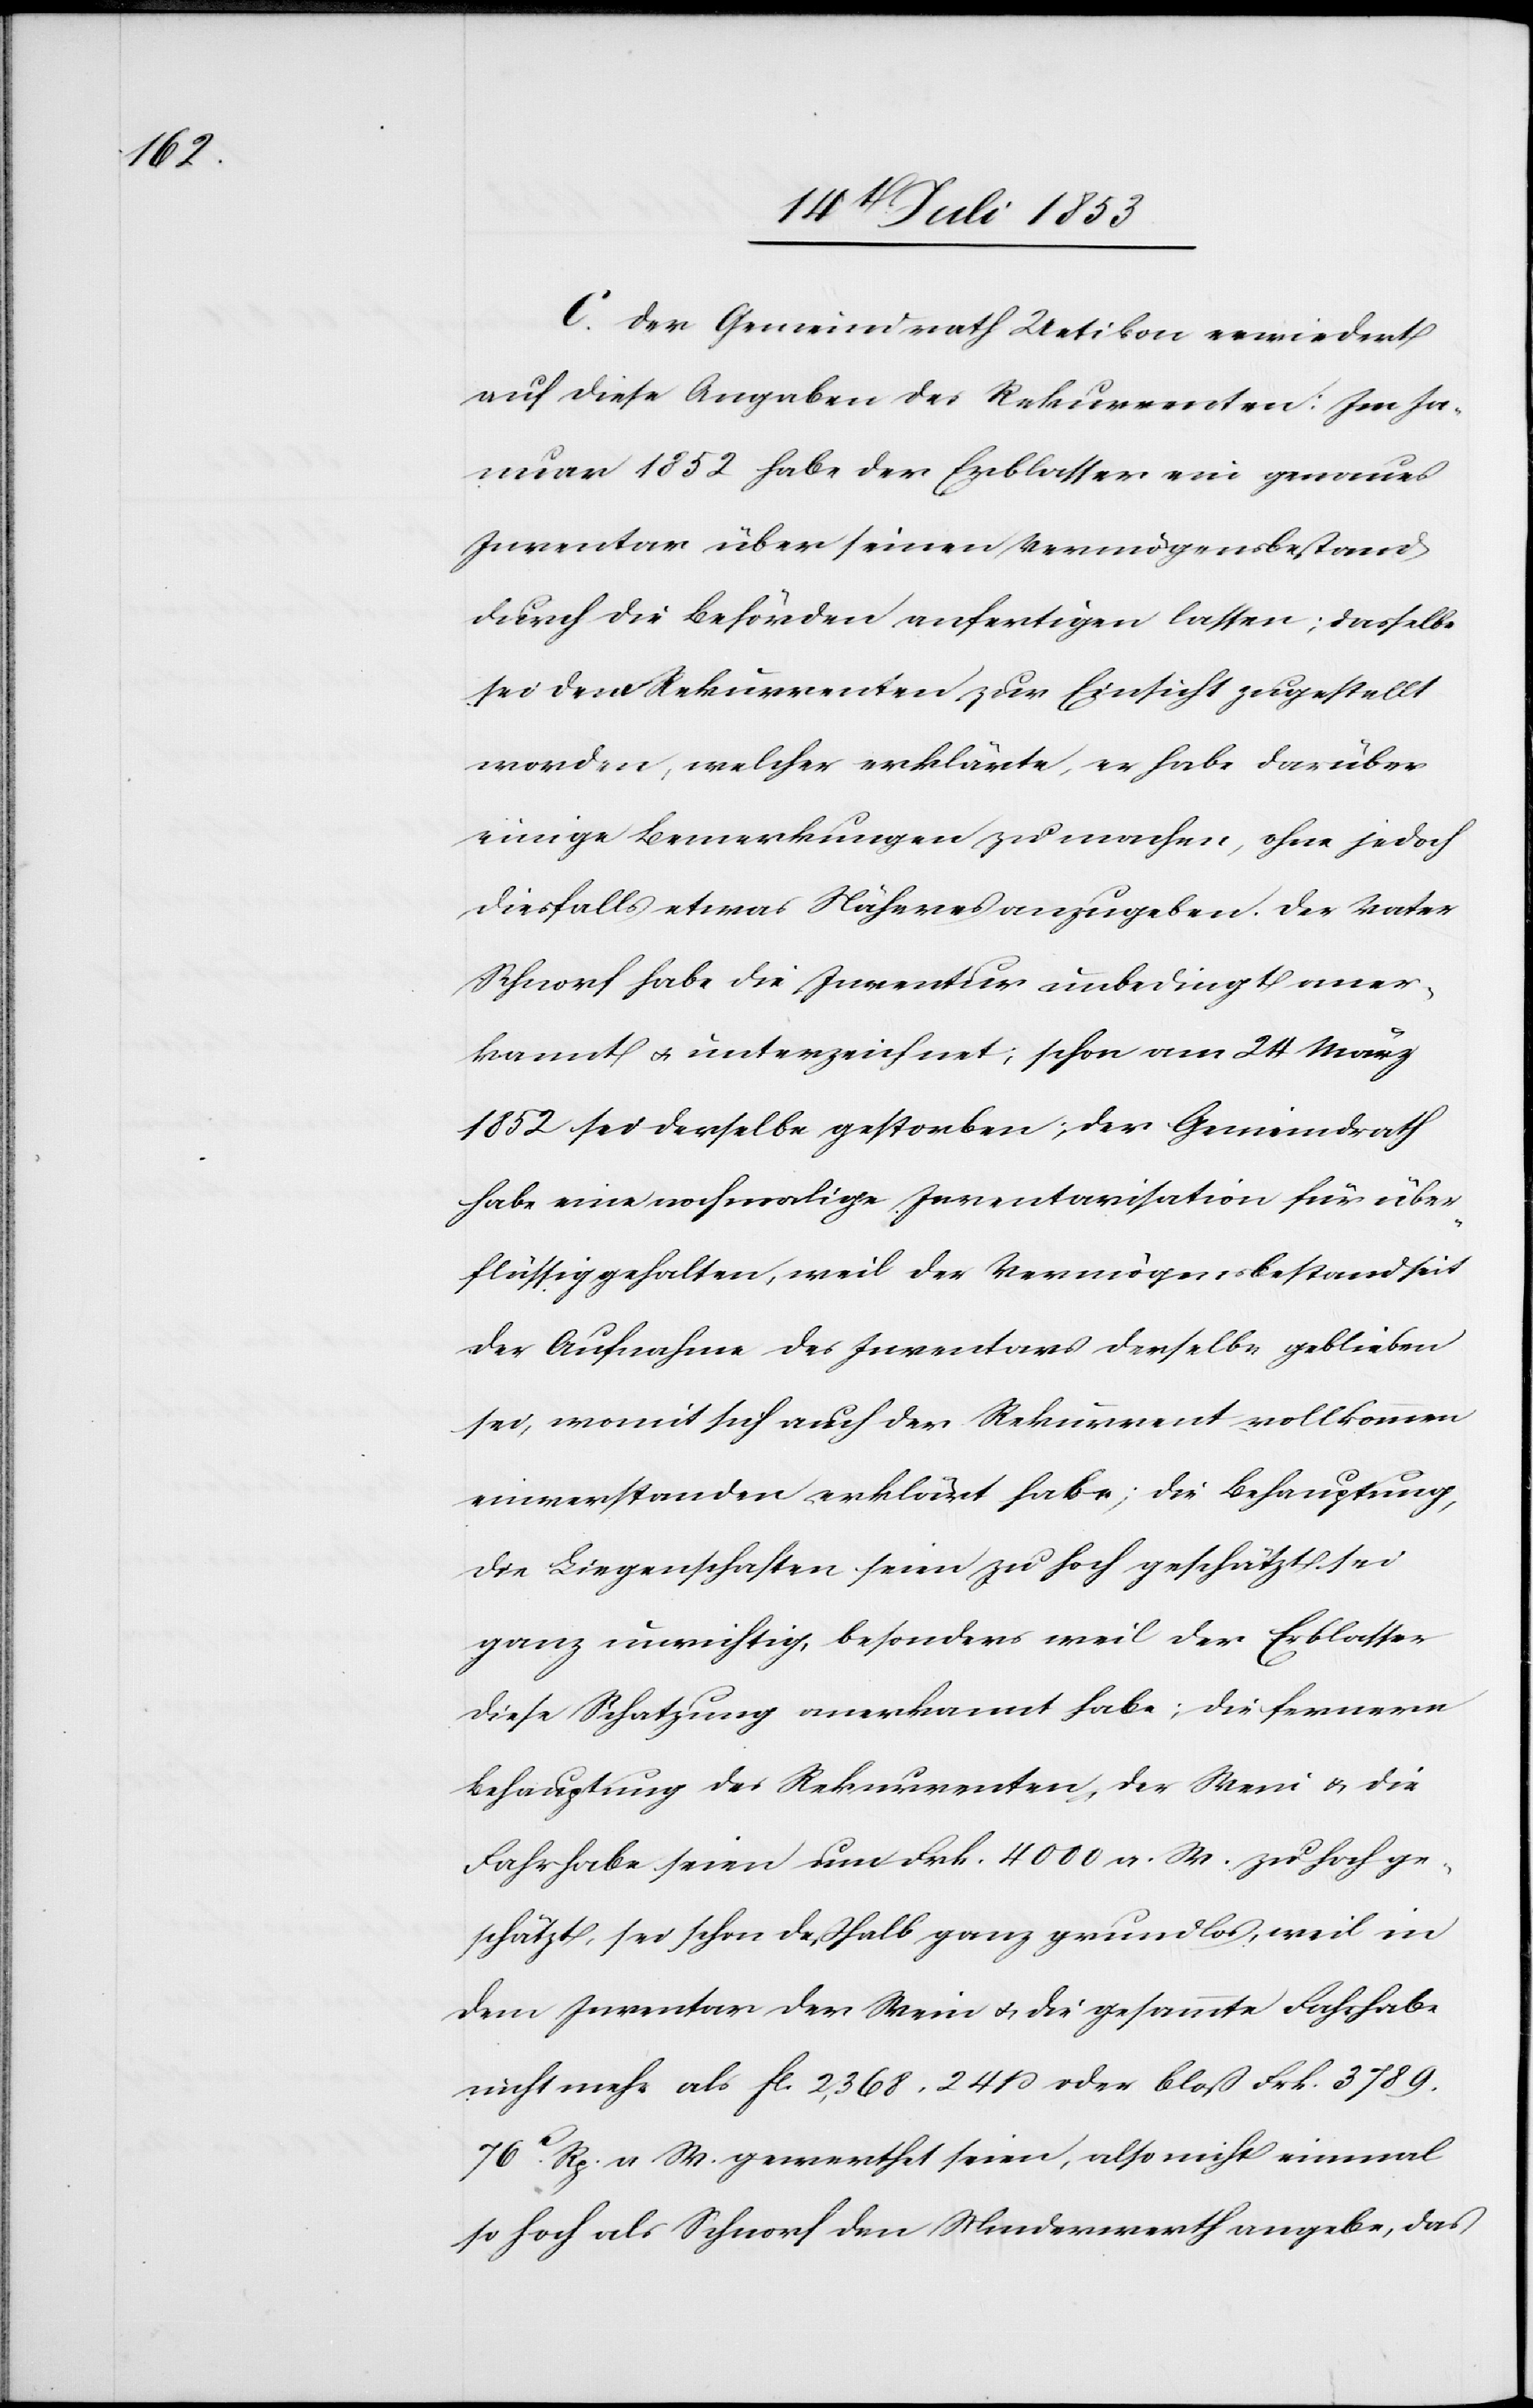
C. Der Gemeindrath Uetikon erwiedert
auf diese Angaben des Rekurrenten: Im Ja¬
nuar 1852 habe der Erblasser ein genaues
Inventar über seinen Vermögensbestand
durch die Behörden anfertigen lassen: dasselbe
sei dem Rekurrenten zur Einsicht zugestellt
worden, welcher erklärte, er habe darüber
einige Bemerkungen zu machen, ohne jedoch
diesfalls etwas Näheres anzugeben. Der Vater
Schnorf habe die Inventur unbedingt aner¬
kannt u. unterzeichnet; schon am 24 März
1852 sei derselbe gestorben; der Gemeindrath
habe ein nochmalige Inventarisation für über¬
flüssig gehalten, weil der Vermögensbestand seit
der Aufnahme des Inventares derselbe geblieben
sei, womit sich auch der Rekurrent vollkommen
einverstanden erklärt habe; die Behauptung,
die Liegenschaften seien zu hoch geschätzt sei
ganz unrichtig, besonders weil der Erblasser
diese Schatzung anerkannt habe; die fernere
Behauptung des Rekurrenten, der Wein u. die
Fahrhabe seien um Frk. 4000 a. W. zu hoch ge¬
schätzt, sei schon deßhalb ganz grundlos, weil in
dem Inventar der Wein u. die gesammte Fahrhabe
nicht mehr als fc 2368. 24 ß oder bloß Frk. 3789.
76c Rp. a. W. gewerthet seien, also nicht einmal
so hoch als Schnorf den Minderwerth angebe, das